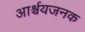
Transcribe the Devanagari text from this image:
आर्श्चयजनक